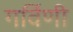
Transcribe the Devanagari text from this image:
गर्विणी